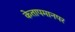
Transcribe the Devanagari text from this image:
केतापमानपर